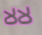
لالا